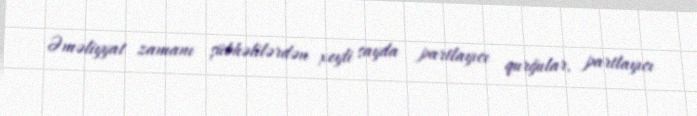
Əməliyyat zamanı şübhəlilərdən xeyli sayda partlayıcı qurğular, partlayıcı